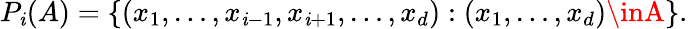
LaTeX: P_{\mathit{i}}(A)=\{ (x_{1},\ldots,x_{\mathit{i}-1},x_{\mathit{i}+1},\ldots,x_{d}):(x_{1},\ldots,x_{d})\inA\} .